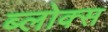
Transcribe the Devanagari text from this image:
ब्लोक्स